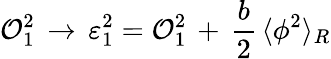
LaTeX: {\cal O}_{1}^{2}\, \to\, \varepsilon_{1}^{2}={\cal O}_{1}^{2}\, +\, {\frac{b}{2}}\, \langle\phi^{2}\rangle_{R}